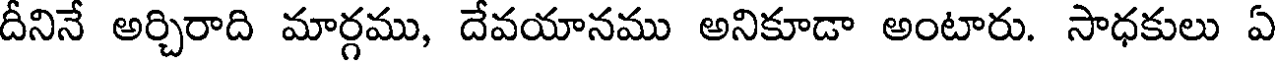
దీనినే అర్చిరాది మార్గము, దేవయానము అనికూడా అంటారు. సాధకులు ఏ